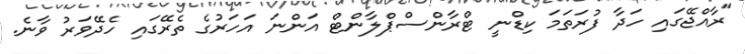
"ރާއްޖޭގައި ހަދާ ފުރަތަމަ ކިޑްނީ ޓްރާންސްޕްލާންޓް އަންނަ އަހަރުގެ ތެރޭގައި ހެދޭވަރު ވާނެ.